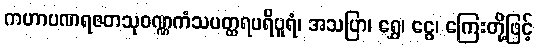
ကဟာပဏရဇတသုဝဏ္ဏကံသပတ္ထရပရိပူရံ၊ အသပြာ၊ ရွှေ၊ ငွေ၊ ကြေးတို့ဖြင့်